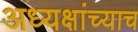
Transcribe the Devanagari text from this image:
अध्यक्षांच्याच